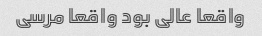
واقعا عالی بود واقعا مرسی